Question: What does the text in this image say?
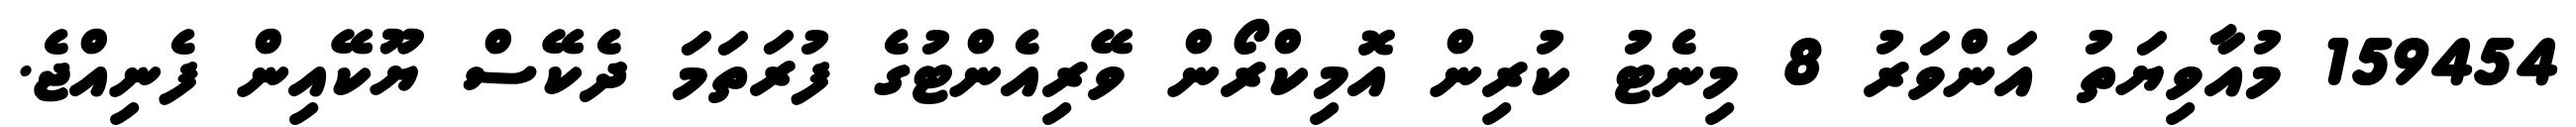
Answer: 159454 މުއާވިޔަތު އަންވަރު 8 މިނެޓު ކުރިން އޮމިކްރޯން ވޭރިއެންޓުގެ ފުރަތަމަ ދެކޭސް ޔޫކޭއިން ފެނިއްޖެ.